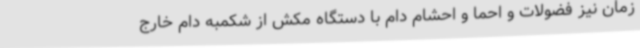
زمان نیز فضولات و احما و احشام دام با دستگاه مکش از شکمبه دام خارج